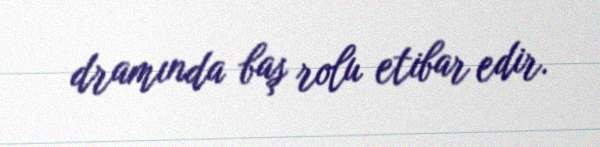
dramında baş rolu etibar edir.